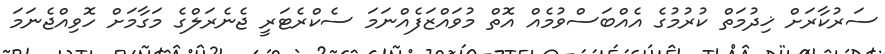
ސަރުކާރަށް ޚިދުމަތް ކުރުމުގެ އެއްބަސްވުމެއް އޮތް މުވައްޒަފެއްނަމަ ސެކްރެޓަރީ ޖެނެރަލްގެ މަގާމަށް ހޮވިއްޖެނަމަ